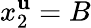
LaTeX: x_{2}^{\mathbf{u}}=B